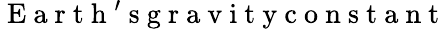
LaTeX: \mathrm{~E~a~r~t~h~'~s~g~r~a~v~i~t~y~c~o~n~s~t~a~n~t~}